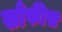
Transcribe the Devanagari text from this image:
सोफीस